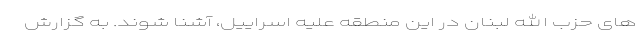
های حزب الله لبنان در این منطقه علیه اسراییل، آشنا شوند. به گزارش